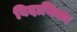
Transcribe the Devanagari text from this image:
विदायिका